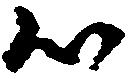
候